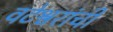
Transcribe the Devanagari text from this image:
वटेश्वरांची